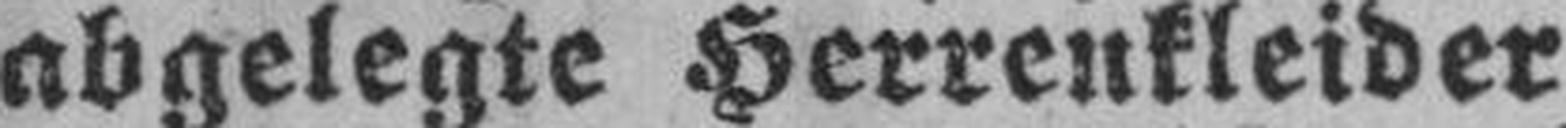
abgelegte Herrenkleider